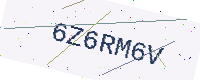
Text: 6Z6RM6V